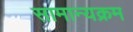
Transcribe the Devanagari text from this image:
सामान्यक्रम